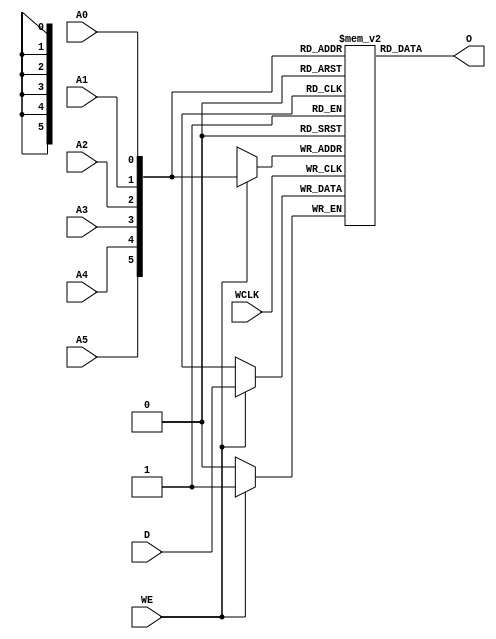
// $Header: /devl/xcs/repo/env/Databases/CAEInterfaces/verunilibs/s/RAM64X1S.v,v 1.8 2003/01/21 01:55:41 wloo Exp $

/*

FUNCTION	: 64x1 Static RAM with synchronous write capability

*/

`timescale  100 ps / 10 ps


module RAM64X1S (O, A0, A1, A2, A3, A4, A5, D, WCLK, WE);

    parameter INIT = 64'h0000000000000000;

    output O;

    input  A0, A1, A2, A3, A4, A5, D, WCLK, WE;

    reg  mem [63:0];
    wire [5:0] adr;
    reg  [6:0] count;
    wire d_in, wclk_in, we_in;

    buf b_d    (d_in, D);
    buf b_wclk (wclk_in, WCLK);
    buf b_we   (we_in, WE);

    buf b_a5 (adr[5], A5);
    buf b_a4 (adr[4], A4);
    buf b_a3 (adr[3], A3);
    buf b_a2 (adr[2], A2);
    buf b_a1 (adr[1], A1);
    buf b_a0 (adr[0], A0);

    buf b_o (O, o_int);

    buf b_o_int (o_int, mem[adr]);

    initial begin
	for (count = 0; count < 64; count = count + 1)
	    mem[count] <= INIT[count];
    end

    always @(posedge wclk_in) begin
	if (we_in == 1'b1)
	    mem[adr] <= d_in;
    end

    specify
	if (WE)
	    (WCLK => O) = (0, 0);

	(A5 => O) = (0, 0);
	(A4 => O) = (0, 0);
	(A3 => O) = (0, 0);
	(A2 => O) = (0, 0);
	(A1 => O) = (0, 0);
	(A0 => O) = (0, 0);
    endspecify

endmodule